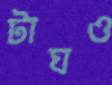
টাঘও